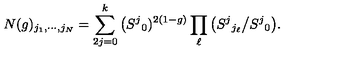
N ( g ) _ { j _ { 1 } , \cdots , j _ { N } } = \sum _ { 2 j = 0 } ^ { k } \big ( S ^ { j } { } _ { 0 } ) ^ { 2 ( 1 - g ) } \prod _ { \ell } \big ( S ^ { j } { } _ { j _ { \ell } } \big / S ^ { j } { } _ { 0 } \big ) .